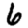
Digit: 6